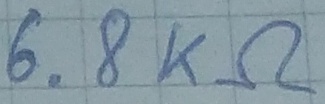
Text: 6.8KΩ